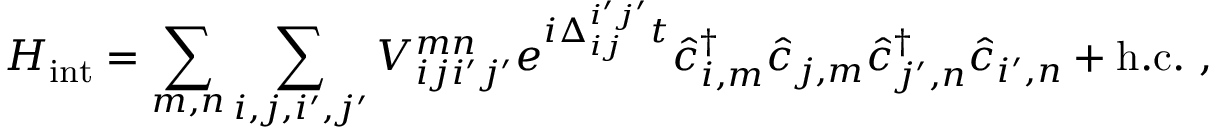
H _ { \mathrm { i n t } } = \sum _ { m , n } \sum _ { i , j , i ^ { \prime } , j ^ { \prime } } V _ { i j i ^ { \prime } j ^ { \prime } } ^ { m n } e ^ { i \Delta _ { i j } ^ { i ^ { \prime } j ^ { \prime } } t } \hat { c } _ { i , m } ^ { \dagger } \hat { c } _ { j , m } \hat { c } _ { j ^ { \prime } , n } ^ { \dagger } \hat { c } _ { i ^ { \prime } , n } + \mathrm { h . c . } \ ,